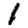
Digit: 1